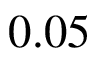
0 . 0 5